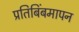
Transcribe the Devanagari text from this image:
प्रतिबिंबमापन